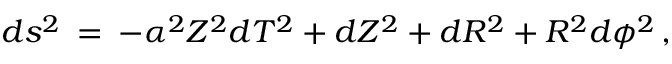
d s ^ { 2 } \: = \: - \alpha ^ { 2 } Z ^ { 2 } d T ^ { 2 } + d Z ^ { 2 } + d R ^ { 2 } + R ^ { 2 } d \phi ^ { 2 } \, ,